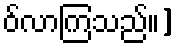
ဝ်လာကြသည်။]